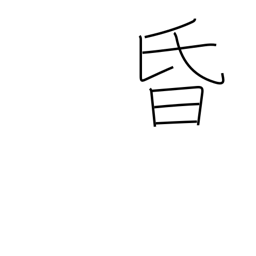
Meaning: dark